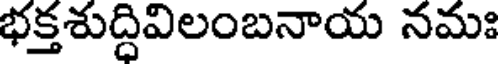
భక్తశుద్దివిలంబనాయ నమః